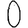
Digit: 0